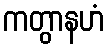
ကတွာနဟံ